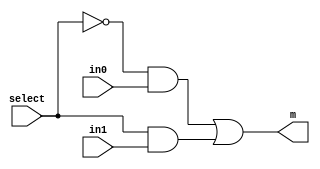
module mux_2to1(m, select, in0, in1); //declares module

	input wire select, in0, in1; //defines input wires select, in0, in1
	output wire m; //defines output wire
	assign m = (~select & in0) | (select & in1); //assigns logical expression to m

endmodule //ends module